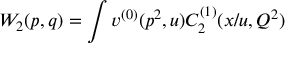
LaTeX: W _ { 2 } ( p , q ) = \int v ^ { ( 0 ) } ( p ^ { 2 } , u ) C _ { 2 } ^ { ( 1 ) } ( x / u , Q ^ { 2 } )